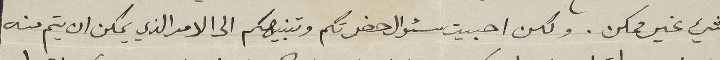
شيء غير ممكن. ولكن احبيت سئوال حضرتكم وتنبيهكم الى الامر الذي يمكن ان يتم منه